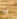
إن